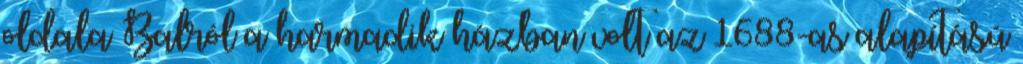
oldala Balról a harmadik házban volt az 1688-as alapítású